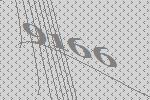
9166